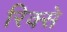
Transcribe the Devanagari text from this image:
रिक्से